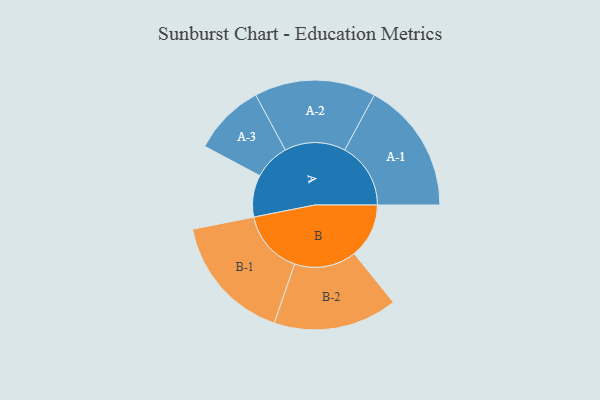
{"axis": {"x": "Segment", "y": "Value"}, "legend": ["", "A", "B"], "data": [{"x": "A", "y": 168, "type": ""}, {"x": "B", "y": 219, "type": ""}, {"x": "A-1", "y": 264, "type": "A"}, {"x": "A-2", "y": 243, "type": "A"}, {"x": "A-3", "y": 144, "type": "A"}, {"x": "B-1", "y": 256, "type": "B"}, {"x": "B-2", "y": 248, "type": "B"}]}